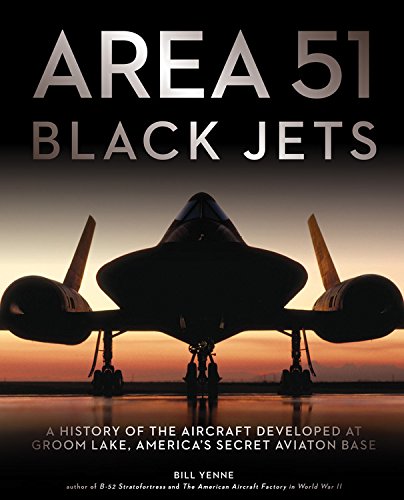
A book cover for Area 51 - Black Jets: A History of the Aircraft Developed at Groom Lake, America's Secret Aviation Base; Bill Yenne; Arts & Photography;